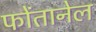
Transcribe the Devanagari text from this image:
फोंतानेल